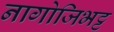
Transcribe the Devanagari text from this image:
नागोजिभट्ट